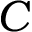
C